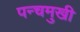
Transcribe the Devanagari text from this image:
पन्चमुखी